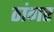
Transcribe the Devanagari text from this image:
ठांगर